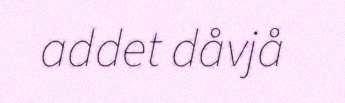
addet dåvjå